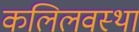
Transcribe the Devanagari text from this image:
कलिलवस्था